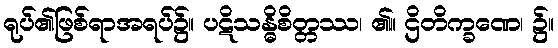
ရုပ်၏ဖြစ်ရာအရပ်၌။ ပဋိသန္ဓိစိတ္တဿ၊ ၏။ ဌိတိက္ခဏေ၊ ၌။